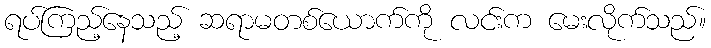
ရပ်ကြည့်နေသည့် ဆရာမတစ်ယောက်ကို လင်းက မေးလိုက်သည်။